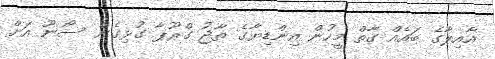
އާއިލާގެ ބައެއް ގާތް މީހުން އިންޑިޔާގެ ތާޖު ގްރޫޕާ ގުޅިގެން ސޯނޫ އަށް